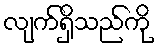
လျက်ရှိသည်ကို